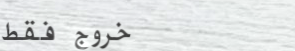
خروج فقط